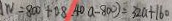
W = 8 0 0 + 0 8 ( 4 0 a - 8 0 0 ) = 3 2 a + 1 6 0